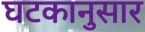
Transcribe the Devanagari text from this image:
घटकानुसार